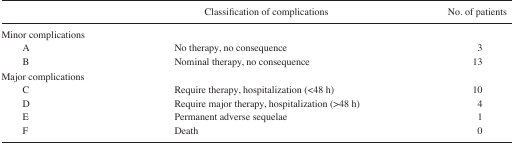
<table><thead><tr><td></td><td><b>Classification of complications</b></td><td><b>No. of patients</b></td></tr></thead><tbody><tr><td>Minor complications</td><td></td><td></td></tr><tr><td>A</td><td>No therapy, no consequence</td><td>3</td></tr><tr><td>B</td><td>Nominal therapy, no consequence</td><td>13</td></tr><tr><td>Major complications</td><td></td><td></td></tr><tr><td>C</td><td>Require therapy, hospitalization (&lt;48 h)</td><td>10</td></tr><tr><td>D</td><td>Require major therapy, hospitalization (&gt;48 h)</td><td>4</td></tr><tr><td>E</td><td>Permanent adverse sequelae</td><td>1</td></tr><tr><td>F</td><td>Death</td><td>0</td></tr></tbody></table>